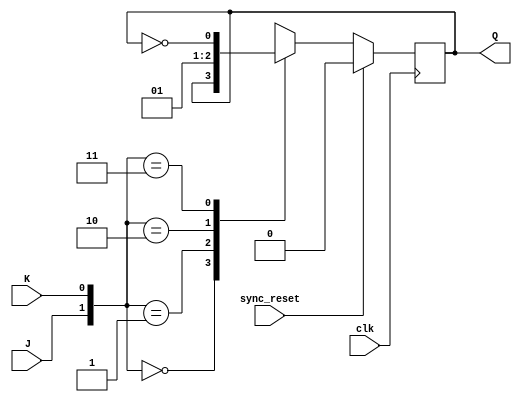
module jk_sync_res(J, K, clk, sync_reset, Q);
    input J;
    input K;
    input clk;
    input sync_reset;
    output reg Q;
    // Your code goes here.  DO NOT change anything that is already given! Otherwise, you will not be able to pass the tests!

    always @(posedge clk)
    begin
       if(sync_reset== 1) 
       Q<= 0;
       else 
       // jk ff are procces here
            case({J,K})
                2'b00 : Q <= Q;
                2'b01 : Q <= 0;
                2'b10 : Q <=1;
                2'b11 : Q <= ~Q;
            endcase    
    end

endmodule